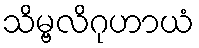
သိမ္ဗလိဂုဟာယံ